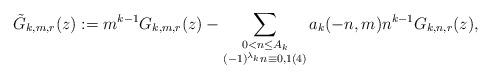
LaTeX: \begin{align*}\tilde{G}_{k,m,r}(z) := m^{k-1}G_{k,m,r}(z) - \sum_{\substack{0 < n \leq A_k\\(-1)^{\lambda_k}n \equiv 0,1(4)}}a_k(-n,m) n^{k-1}G_{k,n,r}(z),\end{align*}